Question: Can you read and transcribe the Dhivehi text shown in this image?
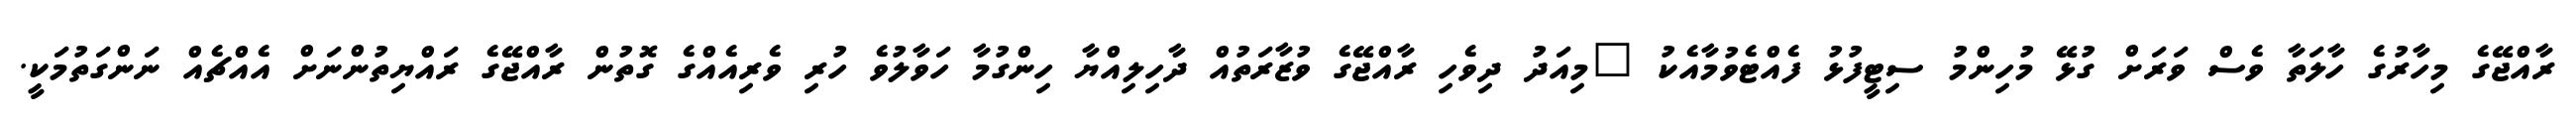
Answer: ރާއްޖޭގެ މިހާރުގެ ހާލަތާ ވެސް ވަރަށް ގުޅޭ މުހިންމު ސިޓީފުޅު ފެއްޓެވުމާއެކު "މިއަދު ދިވެހި ރާއްޖޭގެ ވުޒާރަތުއް ދާހިލިއްޔާ ހިންގުމާ ހަވާލުވެ ހުރި ވެރިއެއްގެ ގޮތުން ރާއްޖޭގެ ރައްޔިތުންނަށް އެއްޗެއް ނަންގަތުމަކީ.